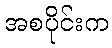
အစပိုင်းက